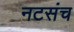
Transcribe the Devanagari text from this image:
नटसंच